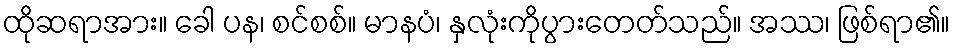
ထိုဆရာအား။ ခေါ ပန၊ စင်စစ်။ မာနပံ၊ နှလုံးကိုပွားတေတ်သည်။ အဿ၊ ဖြစ်ရာ၏။